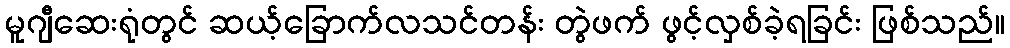
မူဂျီဆေးရုံတွင် ဆယ့်ခြောက်လသင်တန်း တွဲဖက် ဖွင့်လှစ်ခဲ့ရခြင်း ဖြစ်သည်။